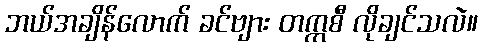
ဘယ်အချိန်လောက် ခင်ဗျား တက္ကစီ လိုချင်သလဲ။